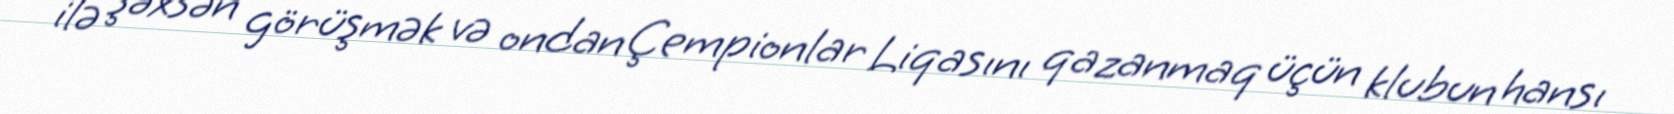
ilə şəxsən görüşmək və ondan Çempionlar Liqasını qazanmaq üçün klubun hansı